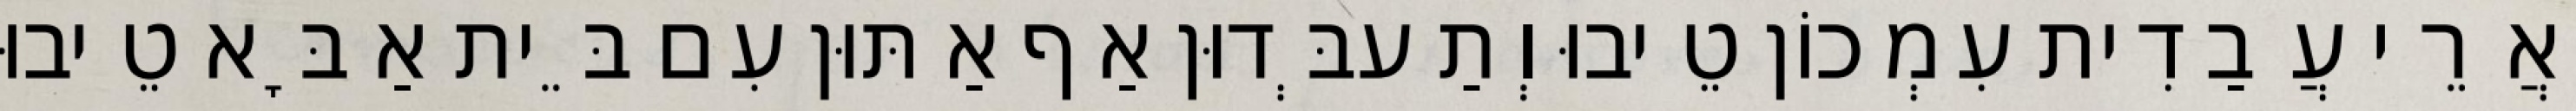
אֲרֵי עֲבַדִית עִמְכוֹן טֵיבוּ וְתַעבְּדוּן אַף אַתּוּן עִם בֵּית אַבָּא טֵיבוּ